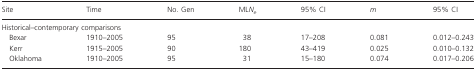
<table><thead><tr><td><b>Site</b></td><td><b>Time</b></td><td><b>No. Gen</b></td><td><b>ML<i>N</i><sub><i>e</i></sub></b></td><td><b>95% CI</b></td><td><b><i>m</i></b></td><td><b>95% CI</b></td></tr></thead><tbody><tr><td colspan="7">Historical–contemporary comparisons</td></tr><tr><td> Bexar</td><td>1910–2005</td><td>95</td><td>38</td><td>17–208</td><td>0.081</td><td>0.012–0.243</td></tr><tr><td> Kerr</td><td>1915–2005</td><td>90</td><td>180</td><td>43–419</td><td>0.025</td><td>0.010–0.132</td></tr><tr><td> Oklahoma</td><td>1910–2005</td><td>95</td><td>31</td><td>15–180</td><td>0.074</td><td>0.017–0.206</td></tr></tbody></table>